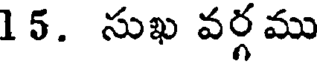
15. సుఖ వర్గము